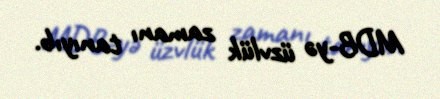
MDB-yə üzvlük zamanı tanıyıb.